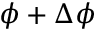
\phi + \Delta \phi